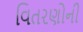
વિતરણોની